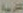
التربية